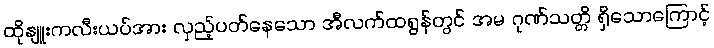
ထိုနျူးကလီးယပ်အား လှည့်ပတ်နေသော အီလက်ထရွန်တွင် အမ ဂုဏ်သတ္တိ ရှိသောကြောင့်